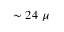
\sim 2 4 ~ \mu